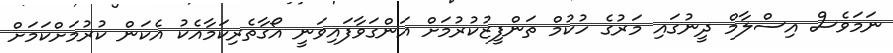
ނަމަވެސް އިސްލާމް ދީނުގައި މަރުގެ ހުކުމް ތަންފީޒުކުރުމަށް އަންގަވާފައިވަނީ އޯގާތެރިކަމާއެކު އެކަން ކުރުމަށްކަމަށް